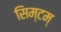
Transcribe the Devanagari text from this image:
सिम्टम्